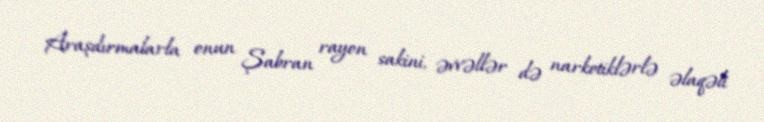
Araşdırmalarla onun Şabran rayon sakini, əvvəllər də narkotiklərlə əlaqəli